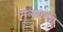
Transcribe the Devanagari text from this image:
मूलग्रन्थो